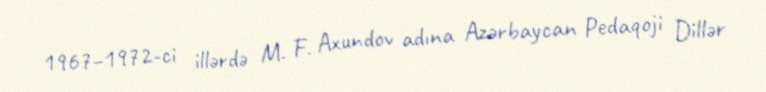
1967–1972-ci illərdə M. F. Axundov adına Azərbaycan Pedaqoji Dillər